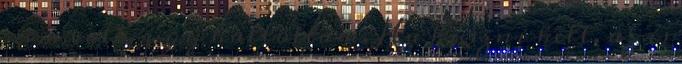
nem volt, úgy hallottam. Ha kúszni kell, az is